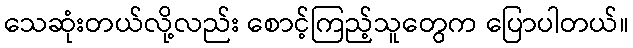
သေဆုံးတယ်လို့လည်း စောင့်ကြည့်သူတွေက ပြောပါတယ်။